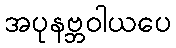
အပုနဗ္ဘဝါယပေ